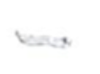
Text: -
Cross-out: single-line
Writing tool: pencil